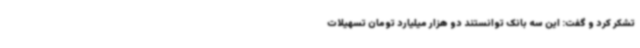
تشکر کرد و گفت: این سه بانک توانستند دو هزار میلیارد تومان تسهیلات